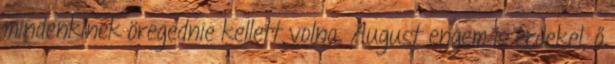
mindenkinek öregednie kellett volna. August engem is érdekel, ő